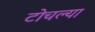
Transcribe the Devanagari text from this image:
टोचल्या